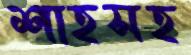
শাহসহ